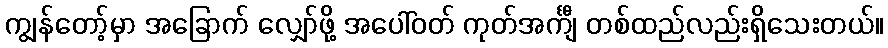
ကျွန်တော့်မှာ အခြောက် လျှော်ဖို့ အပေါ်ဝတ် ကုတ်အင်္ကျီ တစ်ထည်လည်းရှိသေးတယ်။